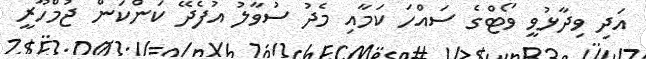
އަދި ވިދާޅުވީ ވޯޓްގެ ސައްހަ ކަމާއި މެދު ސުވާލު އުފެދޭ ކަންކަން ޖުމްހޫރީ